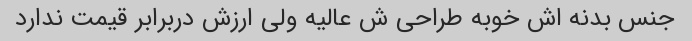
جنس بدنه اش خوبه طراحی ش عالیه ولی ارزش دربرابر قیمت ندارد